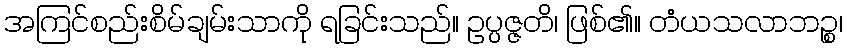
အကြင်စည်းစိမ်ချမ်းသာကို ရခြင်းသည်။ ဥပ္ပဇ္ဇတိ၊ ဖြစ်၏။ တံယသလာဘဉ္စ၊